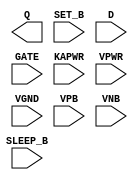
module sky130_fd_sc_lp__srdlstp (
    Q      ,
    SET_B  ,
    D      ,
    GATE   ,
    SLEEP_B,
    KAPWR  ,
    VPWR   ,
    VGND   ,
    VPB    ,
    VNB
);

    output Q      ;
    input  SET_B  ;
    input  D      ;
    input  GATE   ;
    input  SLEEP_B;
    input  KAPWR  ;
    input  VPWR   ;
    input  VGND   ;
    input  VPB    ;
    input  VNB    ;
endmodule